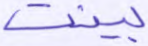
بينت